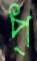
প্